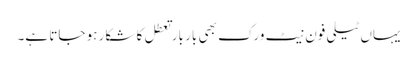
یہاں ٹیلی فون نیٹ ورک بھی بار بار تعطل کا شکار ہو جاتا ہے۔